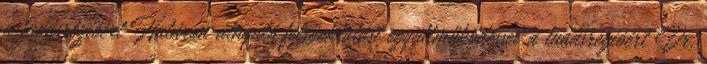
a tudásrégióért Határon átnyúló felsőoktatási együttműködéssel a tudásrégióért Dr.